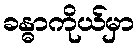
ခန္ဓာကိုယ်မှာ